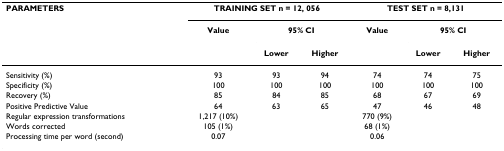
<table><thead><tr><td><b>PARAMETERS</b></td><td colspan="3"><b>TRAINING SET n = 12, 056</b></td><td colspan="3"><b>TEST SET n = 8,131</b></td></tr><tr><td></td><td><b>Value</b></td><td colspan="2"><b>95% CI</b></td><td><b>Value</b></td><td colspan="2"><b>95% CI</b></td></tr><tr><td></td><td></td><td><b>Lower</b></td><td><b>Higher</b></td><td></td><td><b>Lower</b></td><td><b>Higher</b></td></tr></thead><tbody><tr><td>Sensitivity (%)</td><td>93</td><td>93</td><td>94</td><td>74</td><td>74</td><td>75</td></tr><tr><td>Specificity (%)</td><td>100</td><td>100</td><td>100</td><td>100</td><td>100</td><td>100</td></tr><tr><td>Recovery (%)</td><td>85</td><td>84</td><td>85</td><td>68</td><td>67</td><td>69</td></tr><tr><td>Positive Predictive Value</td><td>64</td><td>63</td><td>65</td><td>47</td><td>46</td><td>48</td></tr><tr><td>Regular expression transformations</td><td>1,217 (10%)</td><td></td><td></td><td>770 (9%)</td><td></td><td></td></tr><tr><td>Words corrected</td><td>105 (1%)</td><td></td><td></td><td>68 (1%)</td><td></td><td></td></tr><tr><td>Processing time per word (second)</td><td>0.07</td><td></td><td></td><td>0.06</td><td></td><td></td></tr></tbody></table>